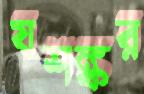
যশঙ্কর